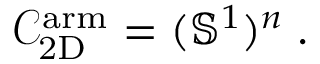
\mathcal { C } _ { \mathrm { 2 D } } ^ { \mathrm { a r m } } = ( \mathbb { S } ^ { 1 } ) ^ { n } \; .